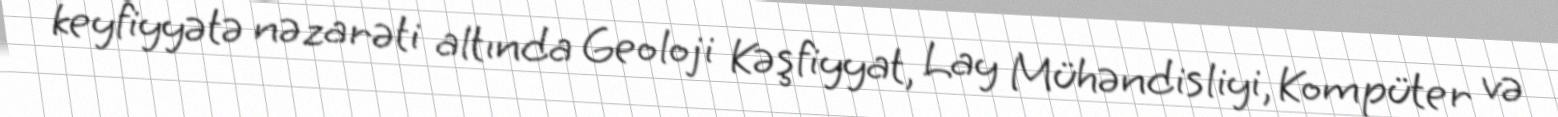
keyfiyyətə nəzarəti altında Geoloji Kəşfiyyat, Lay Mühəndisliyi, Kompüter və